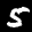
Label: 5